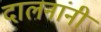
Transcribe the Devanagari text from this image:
दालनांनी